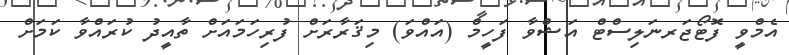
އެމްވީ ފޮޓޯޖަރނަލިސްޓް އަޝްވާ ފަހީމް (އައްވަ) މިޤަރާރަށް ފުރިހަމައަށް ތާއީދު ކުރައްވާ ކަމަށް